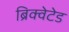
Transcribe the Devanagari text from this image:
ब्रिक्वेटेड